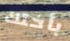
بأختك